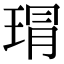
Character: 𤦛